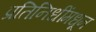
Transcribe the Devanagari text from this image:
प्रतिनिधींमधून